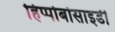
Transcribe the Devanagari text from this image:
हिप्पोबोसाइडी